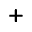
\texttt { + }